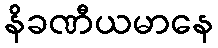
နိခဏီယမာနေ